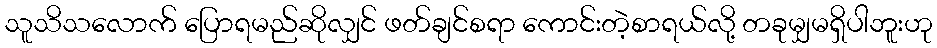
သူသိသလောက် ပြောရမည်ဆိုလျှင် ဖတ်ချင်စရာ ကောင်းတဲ့စာရယ်လို့ တခုမျှမရှိပါဘူးဟု